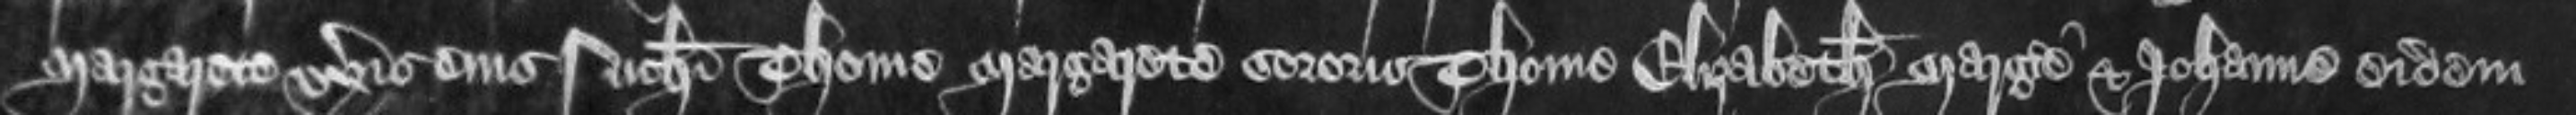
Margarete uxoris eius Nicholai Thome Margarete sororis Thome Elizabeth Margerie et Johanne eidem